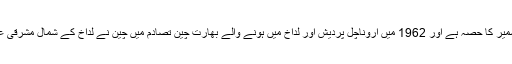
لداخ بنیادی طور پرکشمیر کا حصہ ہے اور 1962 میں اروناچل پردیش اور لداخ میں ہونے والے بھارت چین تصادم میں چین نے لداخ کے شمال مشرقی علاقے پر قبضہ کر لیا۔